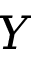
Y